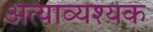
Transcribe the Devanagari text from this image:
अत्याव्यश्यक